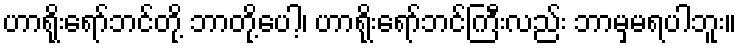
ဟာရိုးရော်ဘင်တို့ ဘာတို့ပေါ့၊ ဟာရိုးရော်ဘင်ကြီးလည်း ဘာမှမရပါဘူး။